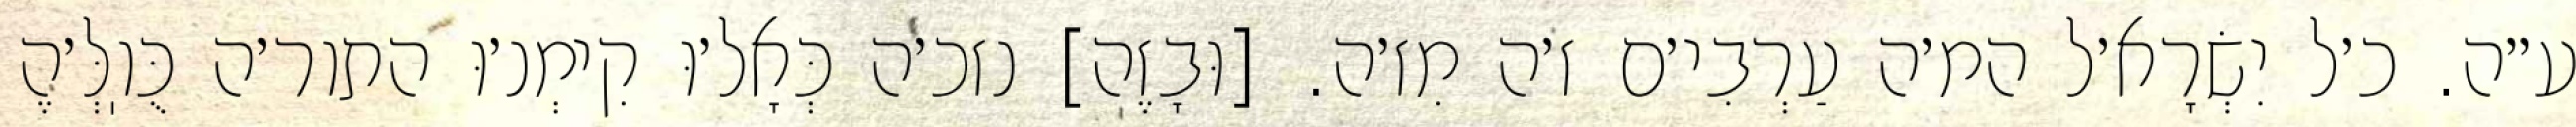
ע״ה. כ׳ל יִשְׂרָא׳ל המ׳ה עַרְבִי׳ם ז׳ה מִז׳ה. [וּבָזֶה] נזכ׳ה כְּאָל׳וּ קִימְנ׳וּ התור׳ה כֻּוֽלְּ׳הֶ